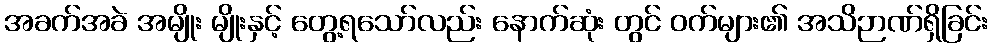
အခက်အခဲ အမျိုး မျိုးနှင့် တွေ့ရသော်လည်း နောက်ဆုံး တွင် ဝက်များ၏ အသိဉာဏ်ရှိခြင်း